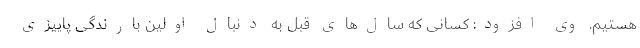
هستیم. وی افزود: کسانی که سال‌های قبل به دنبال اولین بارندگی پاییزی